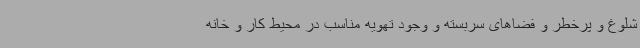
شلوغ و پرخطر و فضاهای سربسته و وجود تهویه مناسب در محیط کار و خانه